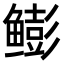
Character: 𫚩